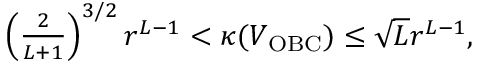
\begin{array} { r } { \left( \frac { 2 } { L + 1 } \right) ^ { 3 / 2 } r ^ { L - 1 } < \kappa ( V _ { \mathrm { O B C } } ) \leq \sqrt { L } r ^ { L - 1 } , } \end{array}